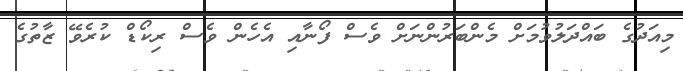
މިއަދުގެ ބައްދަލުވުމަށް މެންބަރުންނަށް ވެސް ފޯނާއި އެހެން ވެސް ރިކޯޑް ކުރެވޭ ޒާތުގެ